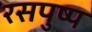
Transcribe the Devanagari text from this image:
रसपुष्प